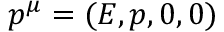
p ^ { \mu } = ( E , p , 0 , 0 )